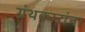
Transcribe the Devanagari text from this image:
ग्रंथकारांना